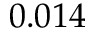
0 . 0 1 4